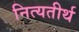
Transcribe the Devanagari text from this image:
नित्यतीर्थ